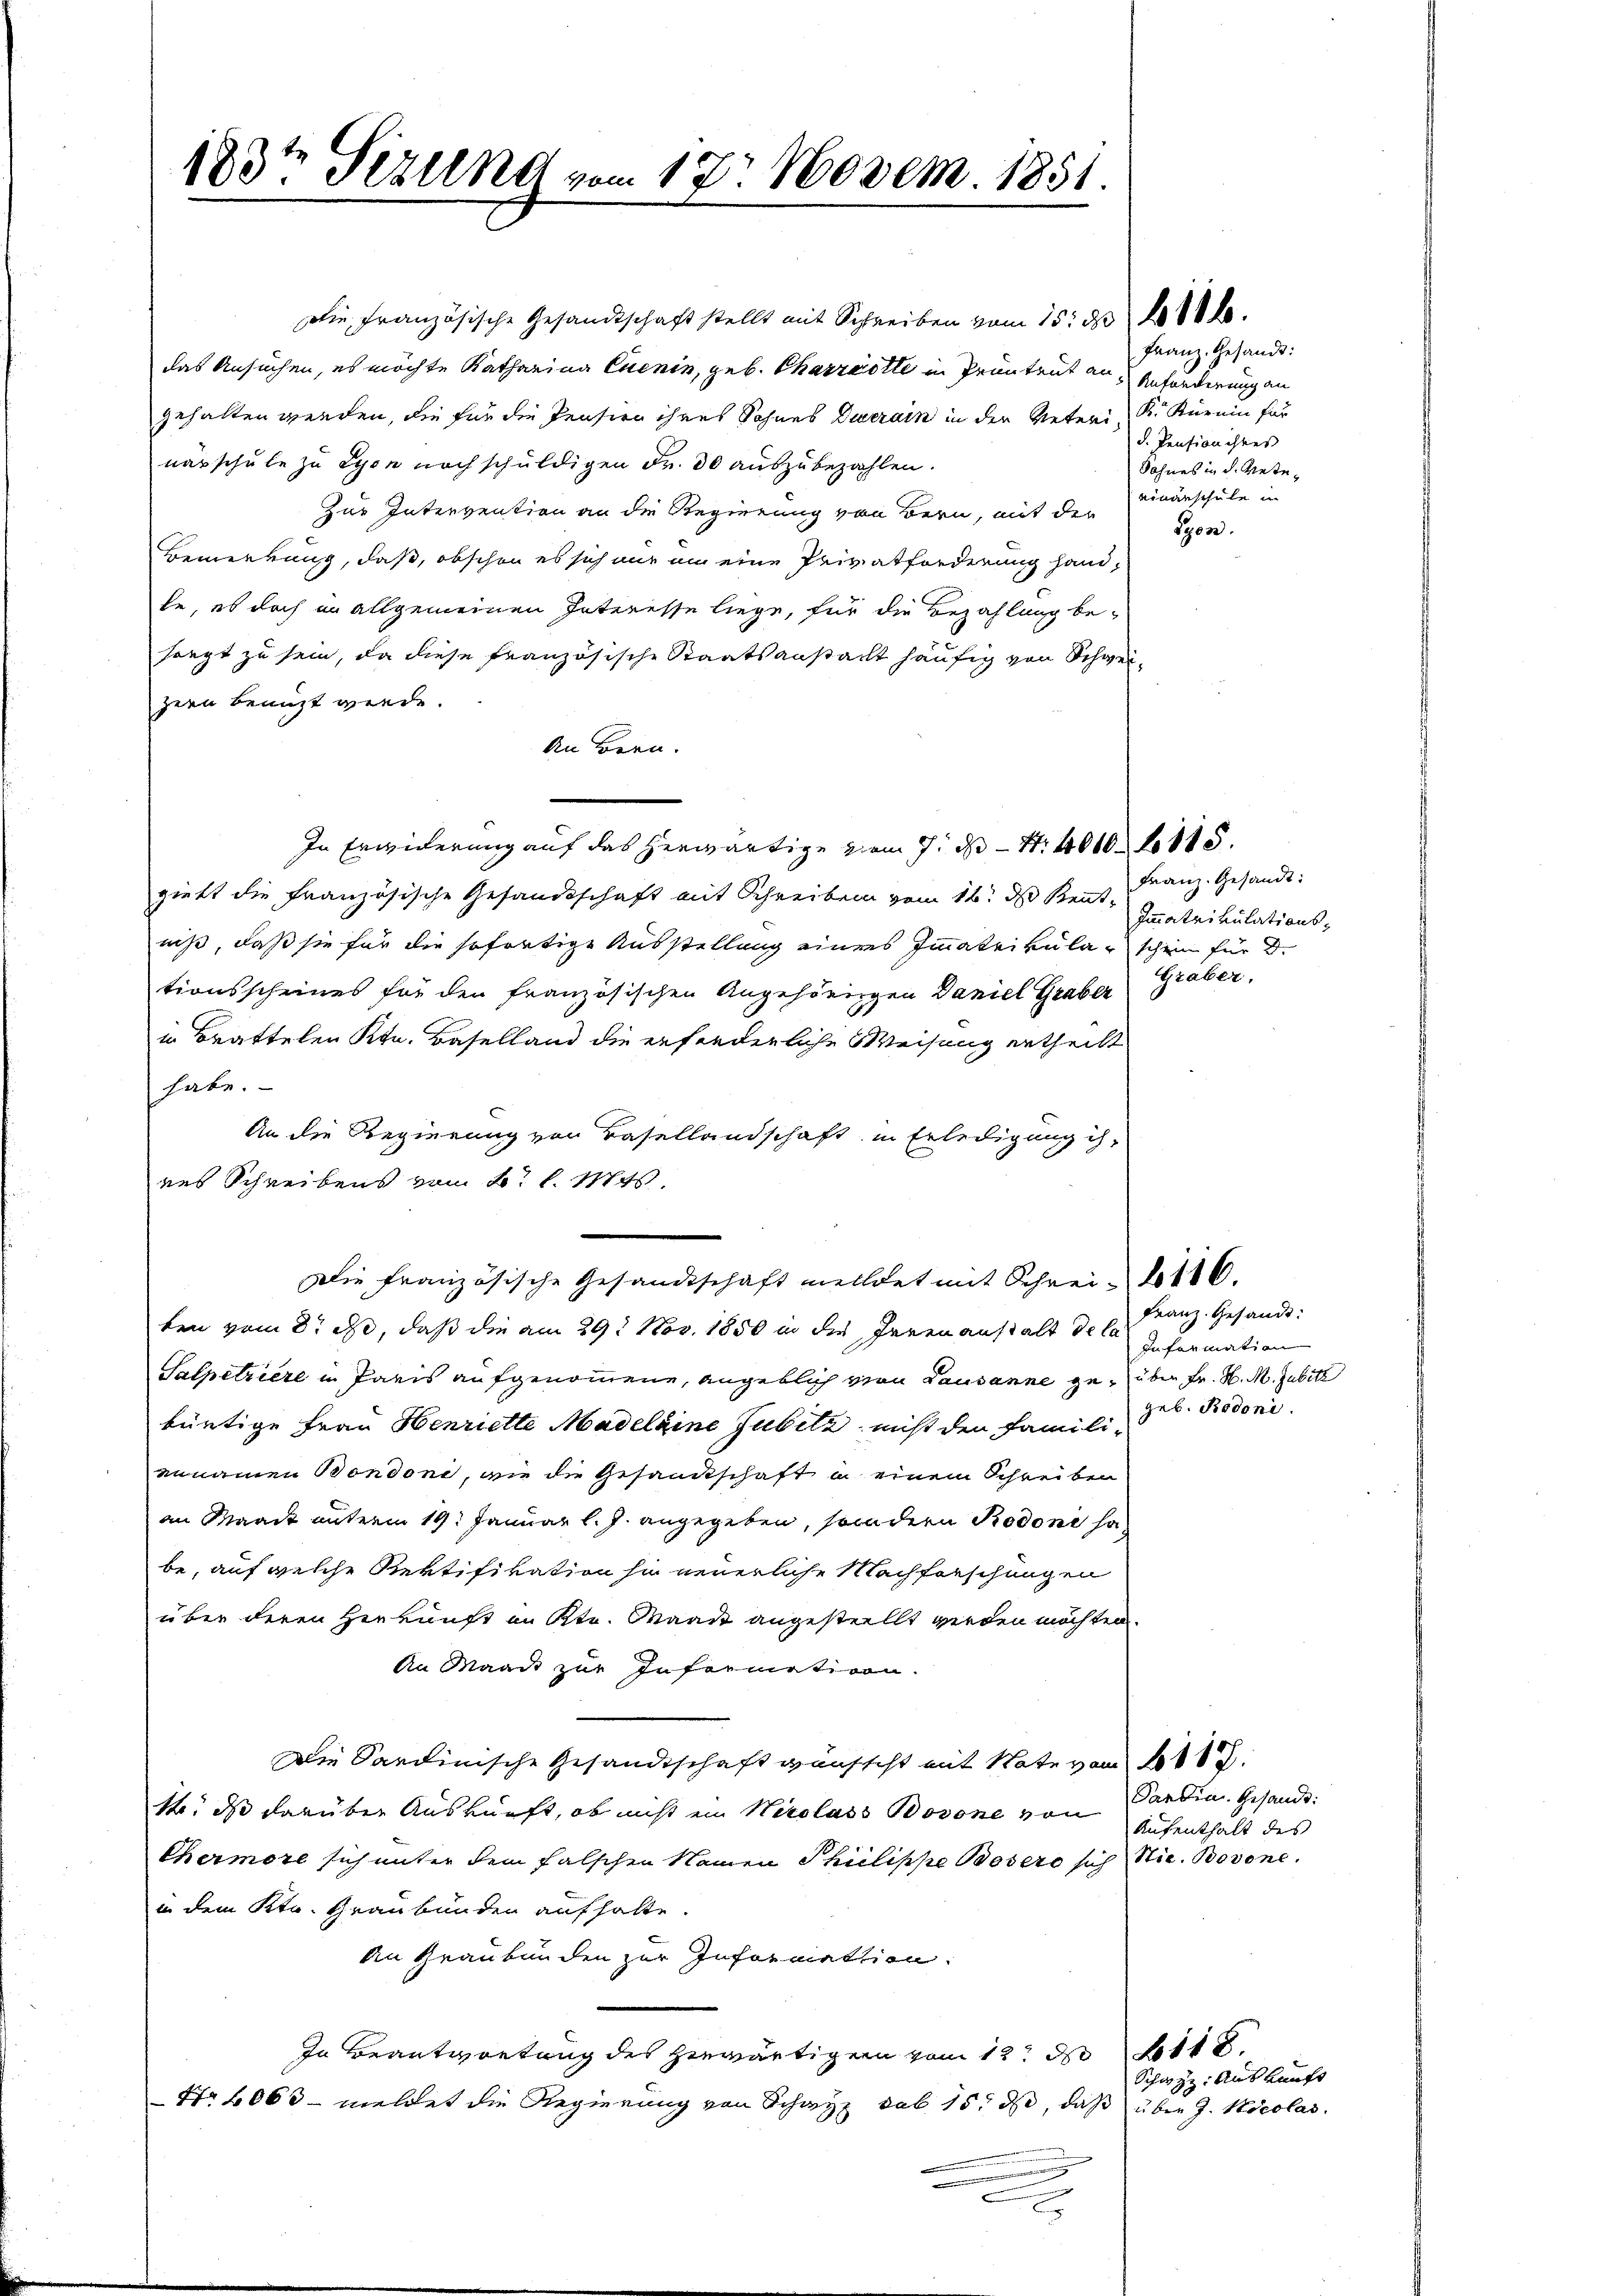
183te Sizung vom 17. Novem 1851

Die Französische Gesandtschaft stellt mit Schreiben vom 15. d. 1880 l.
das Ansuchen, es möchte Katharina Cuenin, geb. Charrotte in Pruntrut an Anfänderung an
gehalten werden, die für die Pension ihres Sohnes Duerain in der Veteri Sr. Kürein für
narschule zu Lyon noch schuldigen Fr. 30 auszubezahlen.
Zur Intervention an die Regierung von Bern, mit der
Bemerkung, daß, obschon es sich nur um eine Privatforderung hand-
le, es doch in allgemeinen Interesse liege, für die Bezahlung besorgt zu sein, da diese Französische Staatsanstacht häufig von Schweizern benuzt werde.
An Bern.
In Erwiderung auf das herwärtige vom 7. d. 4. 401 f. 115.
giebt die Französische Gesandtschaft mit Schreiben vom 16. ds Kent Franz. Gesandt
niß, daß sie für die sofortige Ausstellung eines Immatrikular schein für d.
tionsscheines für den französischen Angehörigen Daniel Graber
in Brattelen Ktn. Baselland die erforderliche Weisung ertheilt
habe.
An die Regierung von Basellandschaft in Erledigung ihres Schreibens vom 2. l. Mts.
Die Französische Gesandtschaft meldet mit Schrei- 116.
ten vom 8. ds, daß die am 29. Nov. 1850 in die Irrenanstalt de la
Salpetriere in Paris aufgenommene, angeblich von Lausanne zu über Fr. H. M. Jubil
bürtige Frau Henriette Madelaine Jubilz, nicht den Familiennamen Bondoni, wie die Gesandtschaft in einem Schreiben
an Maack unterm 19. Januar l. J. angegeben, sondern Rodoni ha
be, auf welche Rektifikation sie neuerliche Nachforschungen
über deren Herkunft an Str. Waadt angestellt werden möchten.
An Waadt zur Informativen.
Die Sardinische Gesandtschaft günsteht mit Note vom 10.
14. ds darüber Auskunft, ob nicht ein Nicolass Bosone von
Chermore sich unter dem falschen Namen Philippe Bösere sich
in dem Ktn. Graubünden aufhalte.
An Graubünden zur Information.
In Beantwortung des herwärtigern vom 12. d. 118.
Nr 6000 - meldet die Regierung von Schwyz sub 15. ds, daß über J. Nicolar.
e

Franz. Gesandt:
d. Pension ihres
Sohnes in d. Mateeinanschule un
Syon.

Immatrikulations¬
Graber,

Franz. Gesandt:
Information
geb. Bodoni.

Pardin. Gesandt:
Aufenthalt des
Nic. Borone.

Schwyz: Auskunft